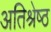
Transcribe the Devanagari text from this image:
अतिश्रेष्‍ठ